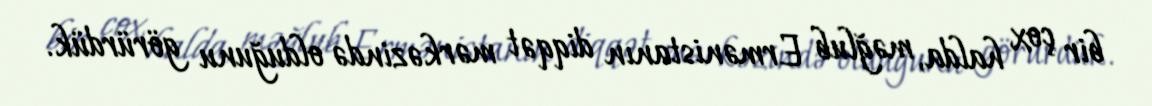
bir çox halda, məğlub Ermənistanın diqqət mərkəzində olduğunu görürdük.